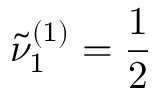
\tilde { \nu } _ { 1 } ^ { ( 1 ) } = \frac { 1 } { 2 }